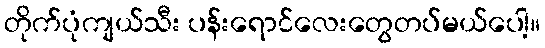
တိုက်ပုံကျယ်သီး ပန်းရောင်လေးတွေတပ်မယ်ပေါ့။